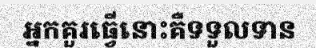
អ្នកគួរធ្វើនោះគឺទទួលទាន